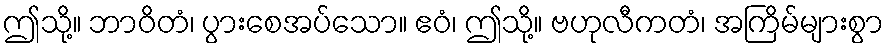
ဤသို့။ ဘာဝိတံ၊ ပွားစေအပ်သော။ ဧဝံ၊ ဤသို့။ ဗဟုလီကတံ၊ အကြိမ်များစွာ